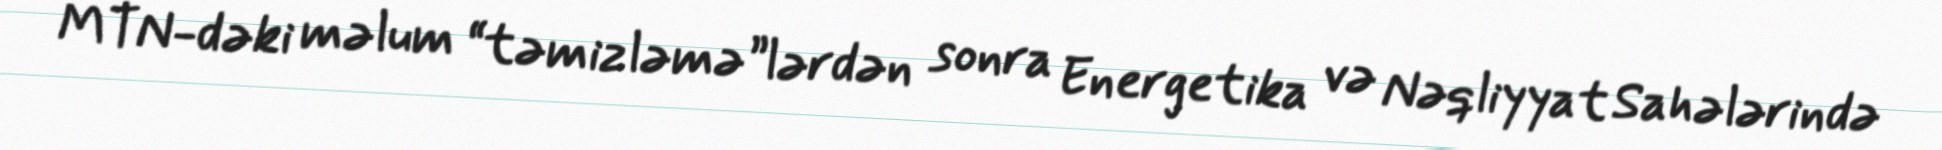
MTN-dəki məlum “təmizləmə”lərdən sonra Energetika və Nəqliyyat Sahələrində